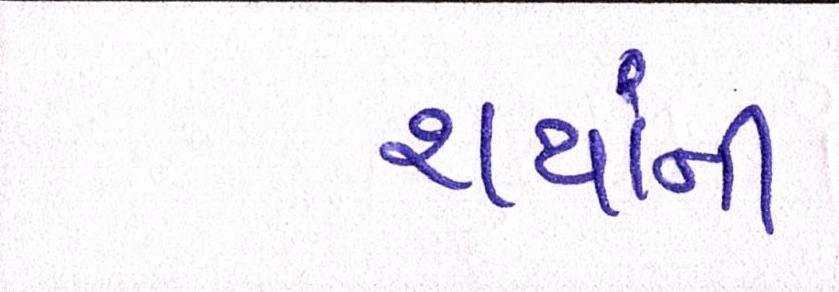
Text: થયાંની